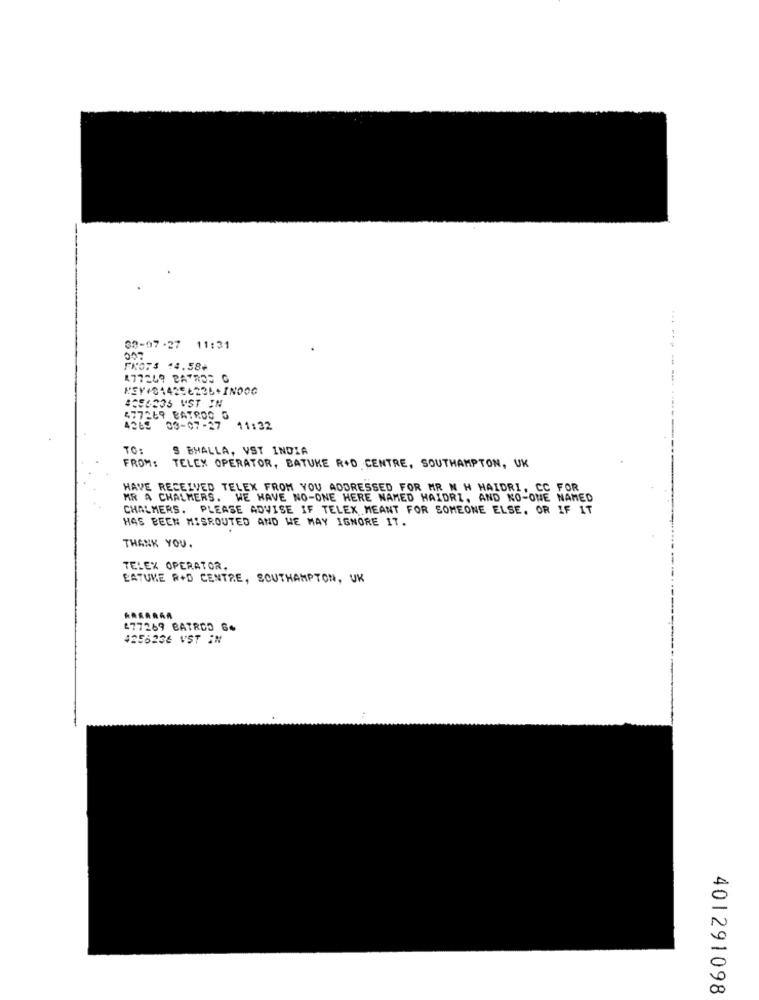
08-97 -27 11:31
FX073 14.58+
477249 PATROS C
HEY4014256236+IN000
4396335 VST IN
477269 BATROO G
4269 03-07-27
11:32
TO:
S BHALLA, VST INDIA
FROM:
TELEX OPERATOR, BATUKE R+D CENTRE, SOUTHAMPTON, UK
HAVE RECEIVED TELEX FROM YOU ADDRESSED FOR MR N H HAIDRI . CC FOR
MR A CHALMERS. WE HAVE NO-ONE HERE NAMED HAIDRZ, AND NO-ONE NAMED
CHALMERS. PLEASE ADVISE IF TELEX MEANT FOR SOMEONE ELSE, OR IF IT
HAS BEEN MISROUTED AND WE MAY IGNORE IT.
THANK YOU.
TELEX OPERATOR.
EATUNE R+D CENTRE, SOUTHAMPTON, UK
477269 BATRDO 6%
4256236 VST IN
401291098